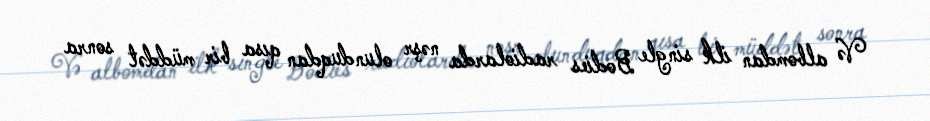
Və albomdan ilk single Bodies radiolarda nəşr olunduqdan qısa bir müddət sonra